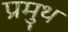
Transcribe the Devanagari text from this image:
प्रमुथ